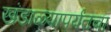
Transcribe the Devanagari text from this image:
खंडाळ्यापर्यंतचा